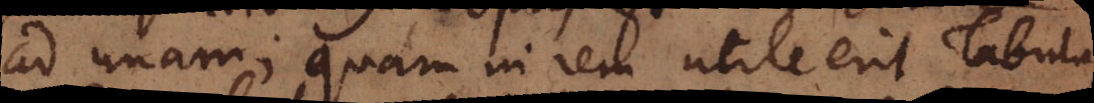
ad unam; quam in rem utile erit Tabulas